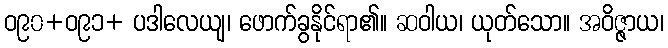
ဝ၉၀+ဝ၉၁+ ပဒါလေယျ၊ ဖောက်ခွနိုင်ရာ၏။ ဆဝါယ၊ ယုတ်သော။ အဝိဇ္ဇာယ၊